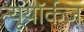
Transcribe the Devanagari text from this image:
न्यूयॉर्कज़